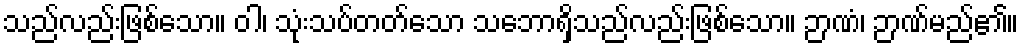
သည်လည်းဖြစ်သော။ ဝါ၊ သုံးသပ်တတ်သော သဘောရှိသည်လည်းဖြစ်သော။ ဉာဏံ၊ ဉာဏ်မည်၏။